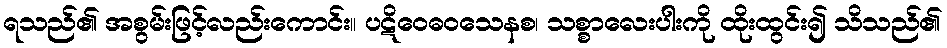
ရသည်၏ အစွမ်းဖြင့်လည်းကောင်း။ ပဋိဝေဓဝသေနစ၊ သစ္စာလေးပါးကို ထိုးထွင်း၍ သိသည်၏